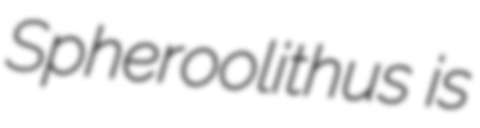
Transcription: Spheroolithus is